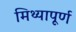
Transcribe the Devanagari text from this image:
मिथ्यापूर्ण